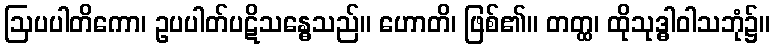
ဩပပါတိကော၊ ဥပပါတ်ပဋိသန္ဓေသည်။ ဟောတိ၊ ဖြစ်၏။ တတ္ထ၊ ထိုသုဒ္ဓါဝါသဘုံ၌။